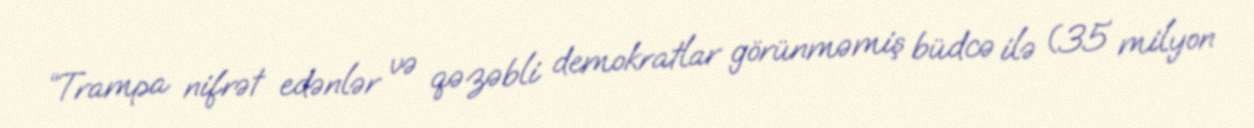
“Trampa nifrət edənlər və qəzəbli demokratlar görünməmiş büdcə ilə (35 milyon